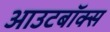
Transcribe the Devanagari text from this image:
आउटबॉक्स